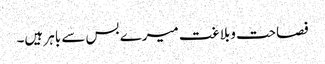
فصاحت وبلاغت میرے بس سے باہر ہیں۔